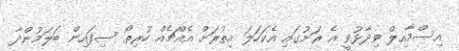
އިސްމާއިލް ވިދާޅުވީ އެ ރަށުގައި އެކަހަލަ އިތުރަށް އެއްޗެއް ހުރިތޯ ސިފައިން ބަލަމުންދާ